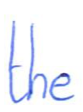
Text: the
Cross-out: clean
Writing tool: ballpoint